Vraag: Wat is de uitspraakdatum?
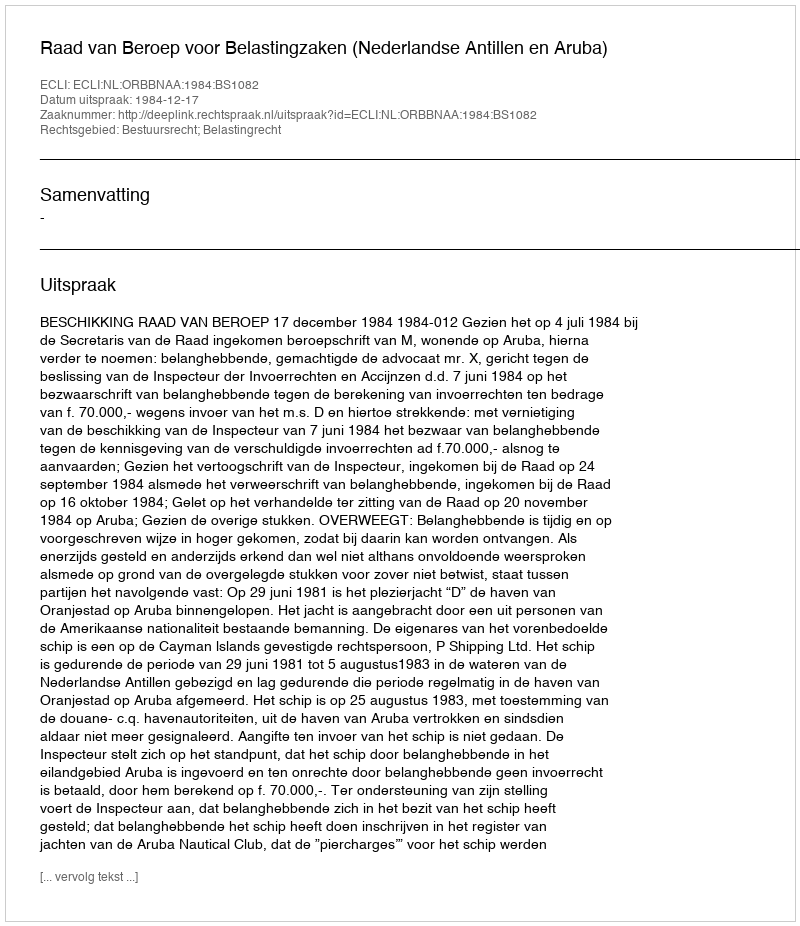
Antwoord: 1984-12-17